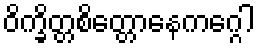
ဝိက္ခိတ္တစိတ္တောနေကဂ္ဂေါ